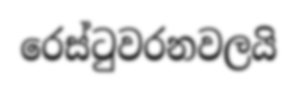
රෙස්ටුවරනවලයි